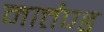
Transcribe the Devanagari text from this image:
मार्त्तण्ड